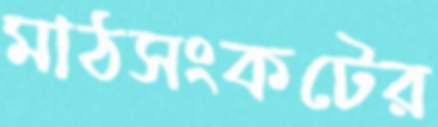
মাঠসংকটের